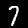
Label: 7